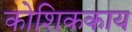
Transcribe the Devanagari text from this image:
कोशिककाय